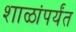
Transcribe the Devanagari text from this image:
शाळांपर्यंत